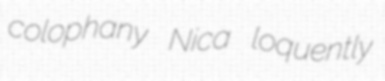
colophany Nica loquently